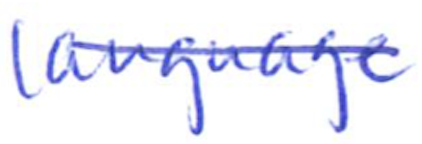
Text: language
Cross-out: diagonal
Writing tool: ballpoint